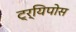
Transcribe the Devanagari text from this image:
ट्र्यिपोस